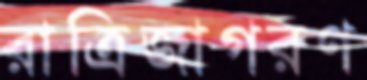
রাত্রিজাগরণ